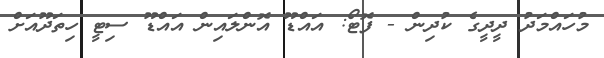
މުހައްމަދު ދީދީގެ ކުދިން - ފޮޓޯ: އައްޑޫ އޮންލައިން އައްޑޫ ސިޓީ ހިތަދޫއަށް